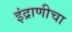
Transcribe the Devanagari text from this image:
इंद्राणीचा